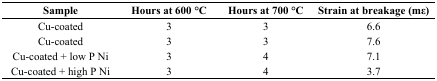
<table><thead><tr><td><b>Sample</b></td><td><b>Hours at 600 °C</b></td><td><b>Hours at 700 °C</b></td><td><b>Strain at breakage (mε)</b></td></tr></thead><tbody><tr><td>Cu-coated</td><td>3</td><td>3</td><td>6.6</td></tr><tr><td>Cu-coated</td><td>3</td><td>3</td><td>7.6</td></tr><tr><td>Cu-coated + low P Ni</td><td>3</td><td>4</td><td>7.1</td></tr><tr><td>Cu-coated + high P Ni</td><td>3</td><td>4</td><td>3.7</td></tr></tbody></table>